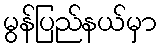
မွန်ပြည်နယ်မှာ